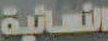
النسائية